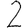
Digit: 2